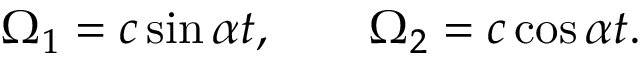
\begin{array} { r } { \Omega _ { 1 } = c \sin \alpha t , \qquad \Omega _ { 2 } = c \cos \alpha t . } \end{array}